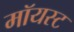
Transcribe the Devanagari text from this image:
मॉयस्ट